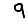
Digit: 9